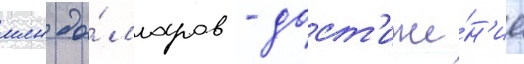
млн до́лларов - дост'иже́н'ие